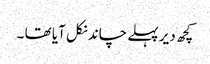
کچھ دیر پہلے چاند نکل آیا تھا ۔